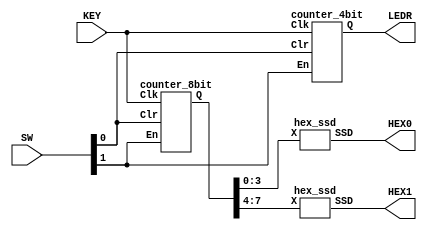
module part1 (SW, KEY, LEDR,HEX1, HEX0);
  input [1:0] SW;
  input [0:0] KEY;
  output [6:0] HEX1, HEX0;
  output [3:0] LEDR;

  wire [7:0] Q;
  wire [3:0] R;

  counter_8bit C0 (SW[1], KEY[0], SW[0], Q);
  counter_4bit C1 (SW[1], KEY[0], SW[0], R);

  assign LEDR = R;

  hex_ssd H0 (Q[3:0], HEX0);
  hex_ssd H1 (Q[7:4], HEX1);

endmodule

module counter_8bit (En, Clk, Clr, Q);
  input En, Clk, Clr;
  output [7:0] Q;

  wire [7:0] T, Qs;

  t_flipflop T0 (En, Clk, Clr, Qs[0]);
  assign T[0] = En & Qs[0];

  t_flipflop T1 (T[0], Clk, Clr, Qs[1]);
  assign T[1] = T[0] & Qs[1];

  t_flipflop T2 (T[1], Clk, Clr, Qs[2]);
  assign T[2] = T[1] & Qs[2];

  t_flipflop T3 (T[2], Clk, Clr, Qs[3]);
  assign T[3] = T[2] & Qs[3];

  t_flipflop T4 (T[3], Clk, Clr, Qs[4]);
  assign T[4] = T[3] & Qs[4];

  t_flipflop T5 (T[4], Clk, Clr, Qs[5]);
  assign T[5] = T[4] & Qs[5];

  t_flipflop T6 (T[5], Clk, Clr, Qs[6]);
  assign T[6] = T[5] & Qs[6];

  t_flipflop T7 (T[6], Clk, Clr, Qs[7]);
  assign T[7] = T[6] & Qs[7];

  assign Q[7:0] = Qs[7:0];
endmodule

module t_flipflop (En, Clk, Clr, Q);
  input En, Clk, Clr;
  output reg Q;

  always @ (posedge Clk)
    if (Clr)
      Q <= 0;
    else if (En)
      Q <= ~Q;

endmodule

module hex_ssd (X, SSD);
  input [3:0] X;
  output [6:0] SSD;

  assign SSD[0] = (~X[3] &  X[2] & ~X[1] & ~X[0]) | (~X[3] &  ~X[2] & ~X[1] & X[0]) ;
  assign SSD[1] = (~X[3] & X[2] & ~X[1] & X[0]) | (~X[3] & X[2] & X[1] & ~X[0]) | (X[3] & X[2] & ~X[1] & ~X[0]) | (X[3] & X[2] & X[1] & ~X[0]) | (X[3] & X[2] & X[1] & X[0]);
  assign SSD[2] =  (~X[3] & ~X[2] &  X[1] & ~X[0]) | (X[3] & X[2] & ~X[1] & ~X[0]) | (X[3] & X[2] & X[1] & ~X[0]) | (X[3] & X[2] & X[1] & X[0]);
  assign SSD[3] = (~X[3] & ~X[2] & ~X[1] &  X[0]) | (~X[3] &  X[2] & ~X[1] & ~X[0]) | (~X[3] &  X[2] & X[1] & X[0]) | (X[3] & ~X[2] & ~X[1] & X[0]) | (X[3] &  ~X[2] & X[1] & ~X[0]) | (X[3] & X[2] & X[1] & X[0]);
  assign SSD[4] = (X[3] & ~X[2] & ~X[1] &  X[0]) | (~X[3] & X[2] & X[1] &  X[0]) | (~X[3] & ~X[2] & ~X[1] &  X[0]) | (~X[3] & ~X[2] & X[1] & X[0]) | (~X[3] &  X[2] & ~X[1] & ~X[0]) | (~X[3] &  X[2] & ~X[1] & X[0]);
  assign SSD[5] = (~X[3] & ~X[2] & ~X[1] &  X[0]) | (~X[3] & ~X[2] &  X[1] & ~X[0]) | (~X[3] & ~X[2] & X[1] & X[0]) | (~X[3] & X[2] & X[1] & X[0]);
  assign SSD[6] = (~X[3] & ~X[2] & ~X[1] &  X[0]) | (~X[3] & ~X[2] & ~X[1] & ~X[0]) | (~X[3] &  X[2] & X[1] & X[0]) | (X[3] & X[2] & ~X[1] & ~X[0]) | (X[3] & X[2] & ~X[1] & X[0]);
endmodule


module counter_4bit (En, Clk, Clr, Q);
  input En, Clk, Clr;
  output [3:0] Q;

  wire [3:0] T, Qs;

  t_flipflop T0 (En, Clk, Clr, Qs[0]);
  assign T[0] = En & Qs[0];

  t_flipflop T1 (T[0], Clk, Clr, Qs[1]);
  assign T[1] = T[0] & Qs[1];

  t_flipflop T2 (T[1], Clk, Clr, Qs[2]);
  assign T[2] = T[1] & Qs[2];

  t_flipflop T3 (T[2], Clk, Clr, Qs[3]);
  assign T[3] = T[2] & Qs[3];

  assign Q[3:0] = Qs[3:0];
endmodule